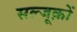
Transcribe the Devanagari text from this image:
सल्जूक़ों